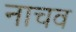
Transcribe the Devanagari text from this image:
नाचव